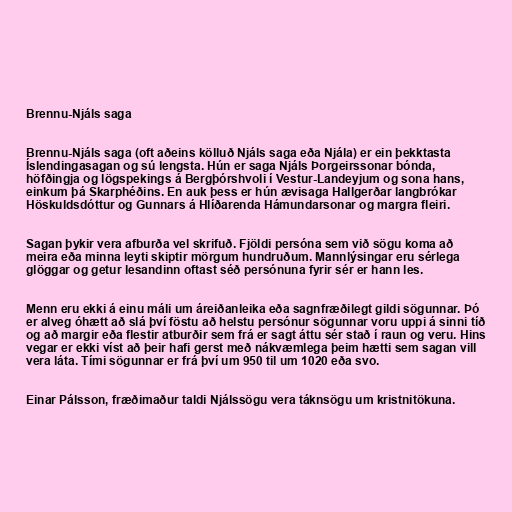
Brennu-Njáls saga

Brennu-Njáls saga (oft aðeins kölluð Njáls saga eða Njála) er ein þekktasta
Íslendingasagan og sú lengsta. Hún er saga Njáls Þorgeirssonar bónda,
höfðingja og lögspekings á Bergþórshvoli í Vestur-Landeyjum og sona hans,
einkum þá Skarphéðins. En auk þess er hún ævisaga Hallgerðar langbrókar
Höskuldsdóttur og Gunnars á Hlíðarenda Hámundarsonar og margra fleiri.

Sagan þykir vera afburða vel skrifuð. Fjöldi persóna sem við sögu koma að
meira eða minna leyti skiptir mörgum hundruðum. Mannlýsingar eru sérlega
glöggar og getur lesandinn oftast séð persónuna fyrir sér er hann les.

Menn eru ekki á einu máli um áreiðanleika eða sagnfræðilegt gildi sögunnar. Þó
er alveg óhætt að slá því föstu að helstu persónur sögunnar voru uppi á sinni tíð
og að margir eða flestir atburðir sem frá er sagt áttu sér stað í raun og veru. Hins
vegar er ekki víst að þeir hafi gerst með nákvæmlega þeim hætti sem sagan vill
vera láta. Tími sögunnar er frá því um 950 til um 1020 eða svo.

Einar Pálsson, fræðimaður taldi Njálssögu vera táknsögu um kristnitökuna.